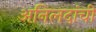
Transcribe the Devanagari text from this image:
अनिलदांची